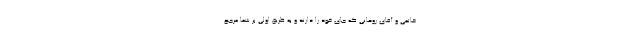
خاتمی و آقای روحانی که جای خود را دارند و به طریق اولی بر شما مرجح